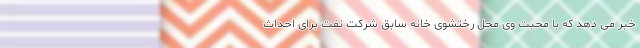
خبر می دهد که با محبت وی محل رختشوی خانه سابق شرکت نفت برای احداث